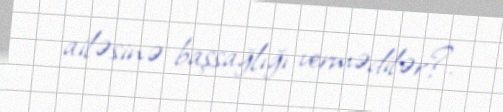
ailəsinə başsağlığı vermədilər?.